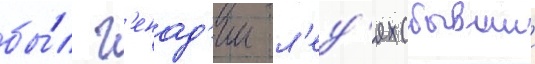
бы́л г'енад'ии л'ед'ях (бывшии